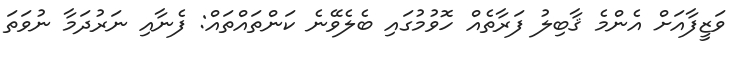
ވަޒީފާއަށް އެންމެ ޤާބިލު ފަރާތެއް ހޮވުމުގައި ބެލެވޭނެ ކަންތައްތައް: ފެނާއި ނަރުދަމާ ނުވަތަ